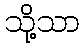
သို့သာ